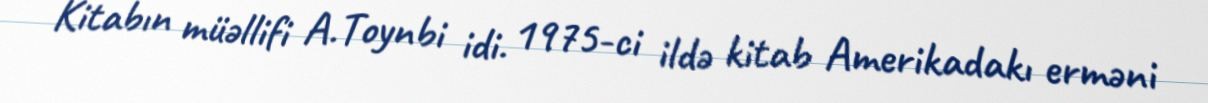
Kitabın müəllifi A.Toynbi idi. 1975-ci ildə kitab Amerikadakı erməni